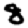
Digit: 8